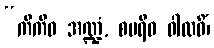
“ကိကီဝ အဏ္ဍံ, စမရီဝ ဝါလဓိံ၊